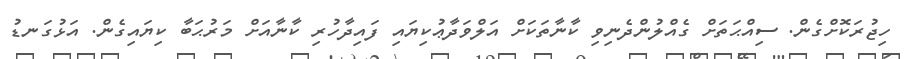
ހިޖުރަކޮށްގެން. ސިއްޙަތަށް ގެއްލުންދެނިވި ކާނާތަކަށް އަލްވަދާޢުކިޔައި ފައިދާހުރި ކާނާއަށް މަރުޙަބާ ކިޔައިގެން. އަޅުގަނޑު